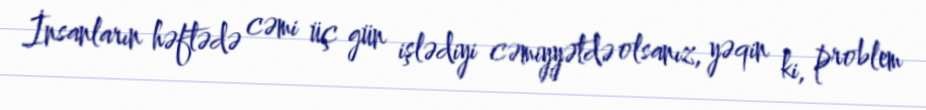
İnsanların həftədə cəmi üç gün işlədiyi cəmiyyətdə olsanız, yəqin ki, problem